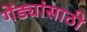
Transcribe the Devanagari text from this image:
गेंड्यांसाठी